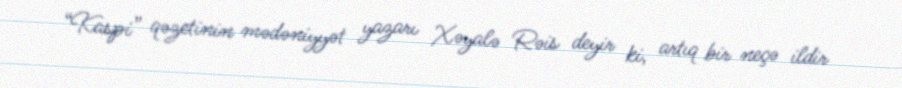
“Kaspi” qəzetinin mədəniyyət yazarı Xəyalə Rəis deyir ki, artıq bir neçə ildir